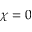
\chi = 0